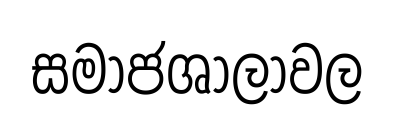
සමාජශාලාවල